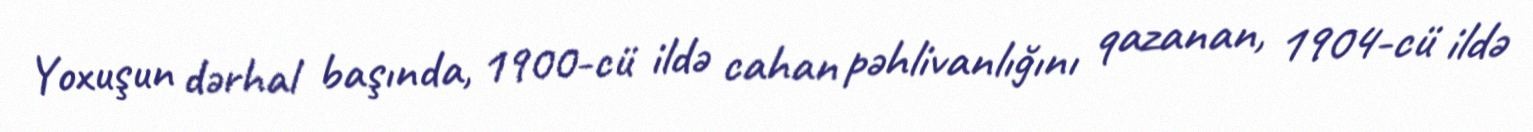
Yoxuşun dərhal başında, 1900-cü ildə cahan pəhlivanlığını qazanan, 1904-cü ildə